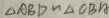
\Delta A B D \sim \Delta C B A